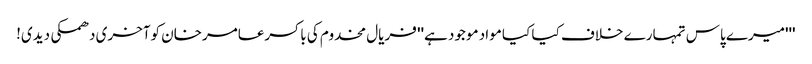
'''میرے پاس تمہارے خلاف کیا کیا مواد موجود ہے'' فریال مخدوم کی باکسرعامرخان کوآخری دھمکی دیدی!